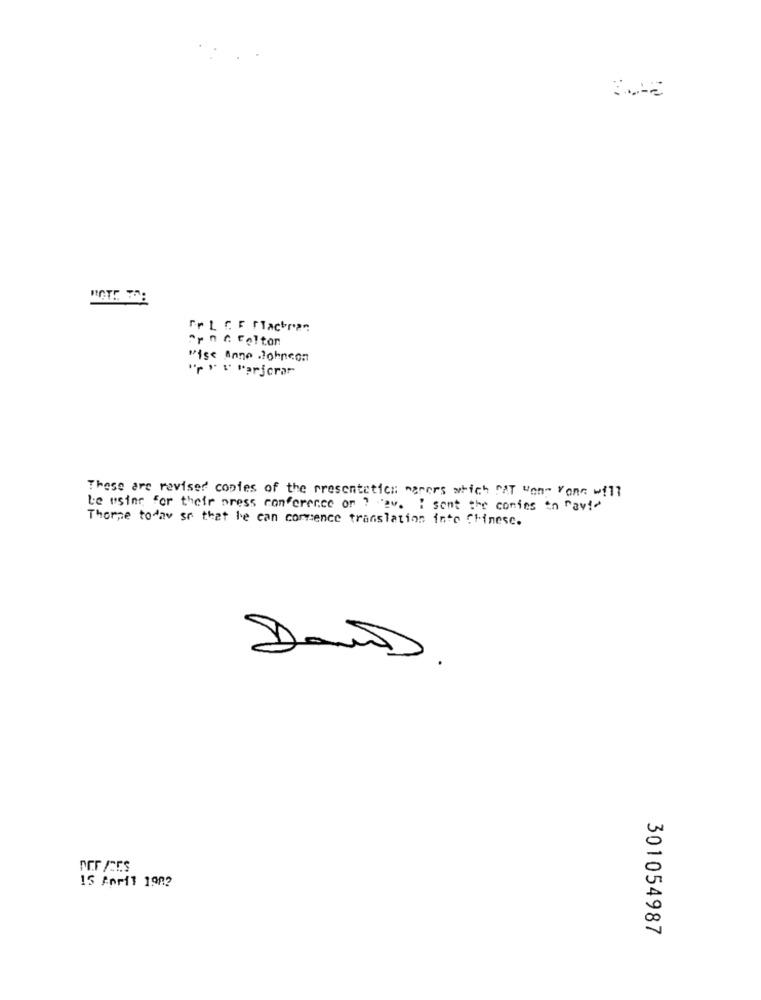
Fr L. C. F flachran
wise Anno lohneon
" " " "arjcar
These are revised copies of the presentation marers which MIT won- Vone will
Le wsinr for their press conference on ? ""av. I sont the conies to "avid
Thorpe today so that he can commence translation into Chinese.
Dan.
15 April 1982
301054987